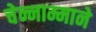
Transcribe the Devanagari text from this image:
चेन्नाम्माने